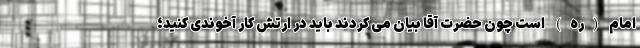
امام (ره) است چون حضرت آقا بیان می کردند باید در ارتش کار آخوندی کنید؛